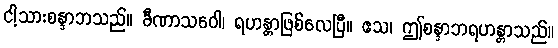
ငါ့သားစန္ဒာဘသည်။ ခီဏာသဝေါ၊ ရဟန္တာဖြစ်လေပြီ။ ဧသ၊ ဤစန္ဒာဘရဟန္တာသည်။